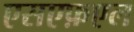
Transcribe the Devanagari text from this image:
एसएफ़एल